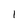
Character: 1